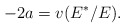
\begin{align*}-2a=v(E^*/E).\end{align*}